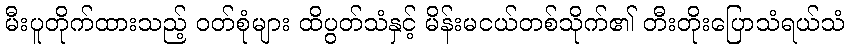
မီးပူတိုက်ထားသည့် ဝတ်စုံများ ထိပွတ်သံနှင့် မိန်းမငယ်တစ်သိုက်၏ တီးတိုးပြောသံရယ်သံ